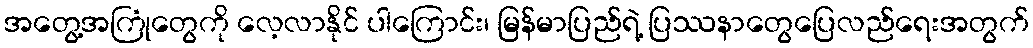
အတွေ့အကြုံတွေကို လေ့လာနိုင် ပါကြောင်း၊ မြန်မာပြည်ရဲ့ ပြဿနာတွေပြေလည်ရေးအတွက်